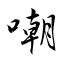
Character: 嘲